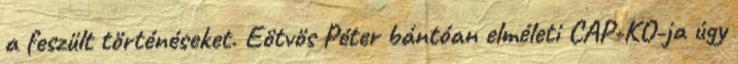
a feszült történéseket. Eötvös Péter bántóan elméleti CAP-KO-ja úgy